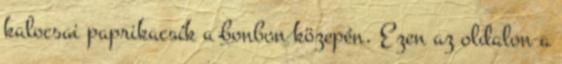
kalocsai paprikacsík a bonbon közepén. Ezen az oldalon a